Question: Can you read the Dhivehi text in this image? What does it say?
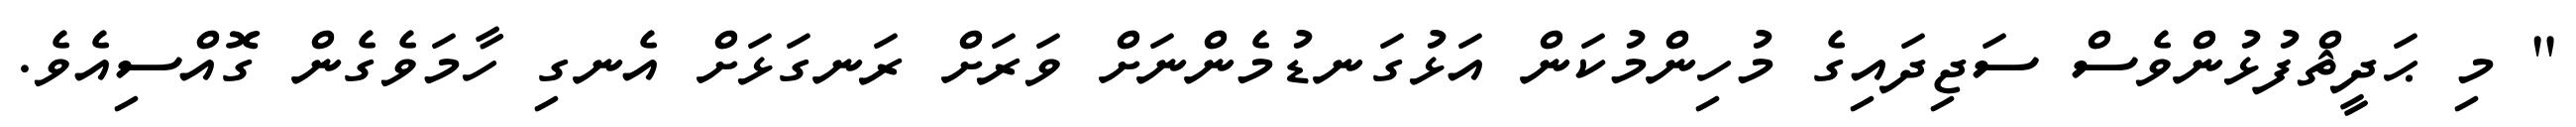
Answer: " މި ޙަދީޘްފުޅުންވެސް ސަޖިދައިގެ މުހިންމުކަން އަޅުގަނޑުމެންނަށް ވަރަށް ރަނގަޅަށް އެނގި ހާމަވެގެން ގޮއްސިއެވެ.